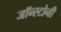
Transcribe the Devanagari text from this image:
जॉन्स्टोनी